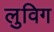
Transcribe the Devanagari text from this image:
लुविग